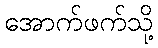
အောက်ဖက်သို့